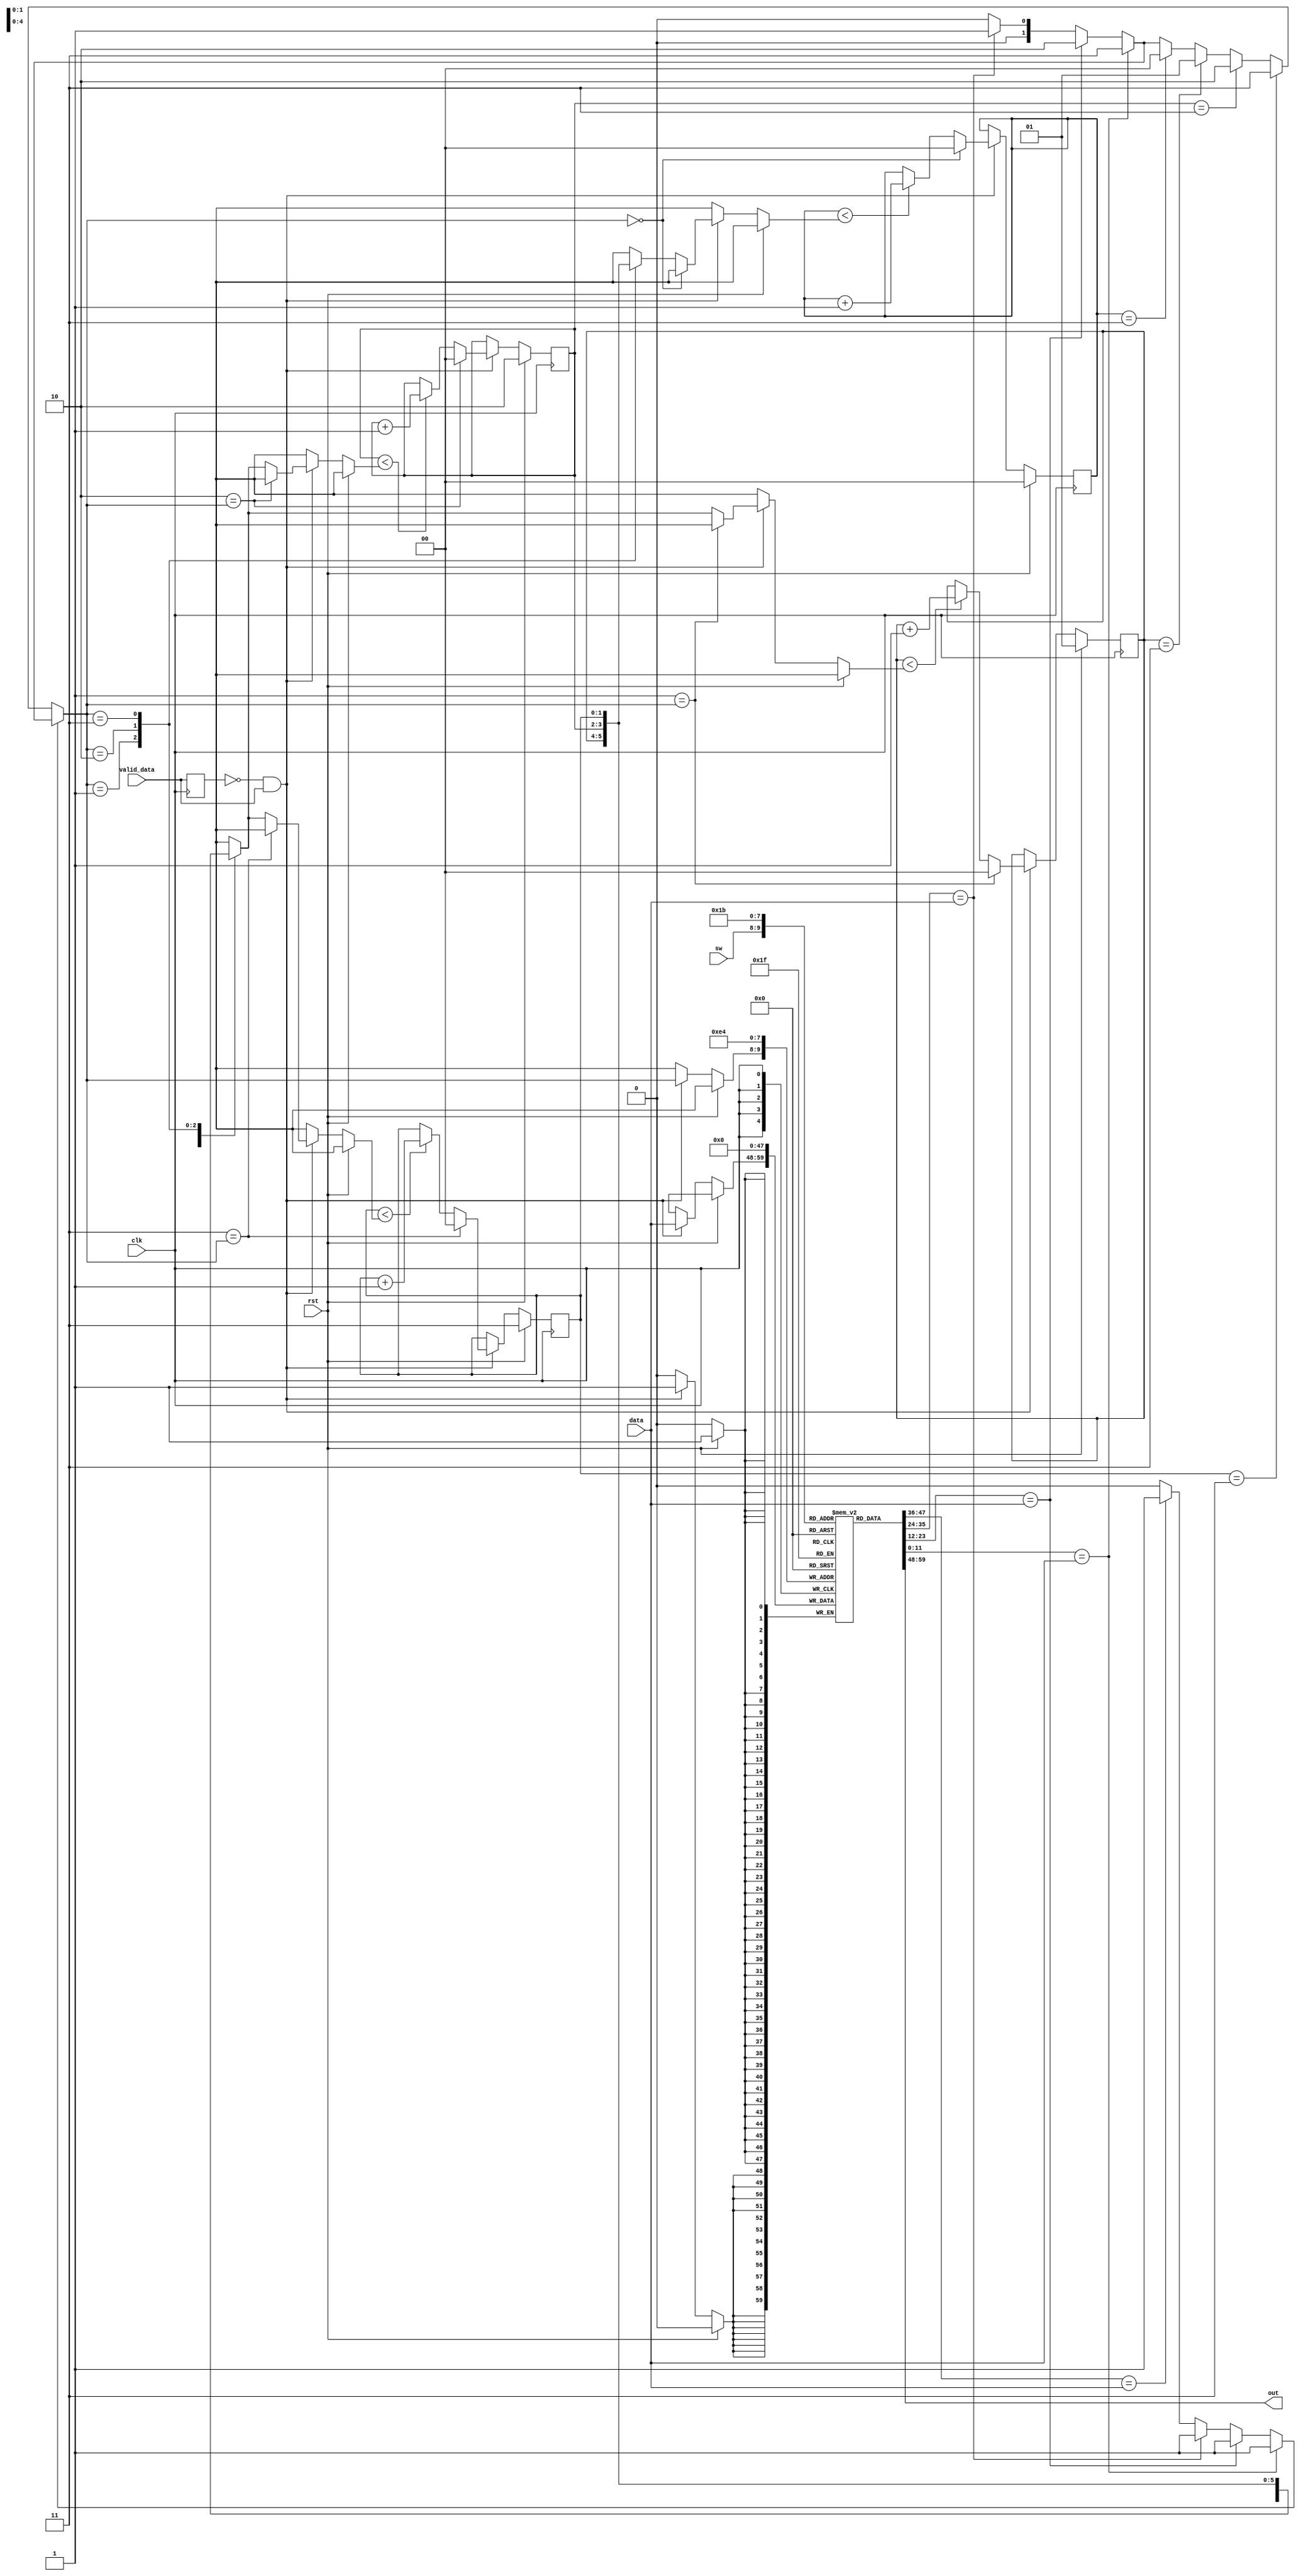
`timescale 1ns / 1ps
//////////////////////////////////////////////////////////////////////////////////
// Company: 
// Engineer: 
// 
// Design Name: 
// Module Name: lru_buffer_one_tact
// Project Name: 
// Target Devices: 
// Tool Versions: 
// Description: 
// 
// Dependencies: 
// 
// Revision:
// Revision 0.01 - File Created
// Additional Comments:
// 
//////////////////////////////////////////////////////////////////////////////////


module lru_buffer_one_tact(clk, rst, valid_data, data, sw, out);
    input clk, rst, valid_data;
    input [11:0] data;
    input [1:0] sw;
    output [11:0] out;
    
    reg [11:0] buff_mem [3:0];
    reg [1:0] ages [3:0];
    reg [1:0] hitIndex;
    reg [1:0] index;
    
    integer i;
    
    assign out = buff_mem[sw];
    
    reg valid_data_latched;
    always @(posedge clk) valid_data_latched <= valid_data;
    
    // ages update
    always @(posedge clk) begin
        if (rst) begin  
            for(i = 0; i < 4; i = i + 1) ages[i] <= i;
        end else if (!valid_data_latched && valid_data) begin
            for (i = 0; i < 4; i = i + 1) begin
                if (i == hitIndex) begin
                    ages[i] <= 0;
                end
                else if (ages[i] < ages[hitIndex]) begin
                    ages[i] <= ages[i] + 1;
                end
            end
        end
    end
    
    
    // buff mem update
    always @(posedge clk) begin
        if (rst) begin
            for(i = 0; i < 4; i = i + 1) begin
                buff_mem[i]  <= 12'd0;
            end
        end else if (!valid_data_latched && valid_data) begin
            buff_mem[hitIndex] <= data;
        end
    end
    
    // hitIndex update
    reg hit;
    always @(*) begin
        hit = 0;
        hitIndex = 0;
        for(i = 0; i < 4; i = i + 1) begin
            if(buff_mem[i] == data) begin
                hitIndex = i;
                hit = 1;
            end
        end
        if(!hit) begin
            for(i = 0; i < 4; i = i + 1) begin
                if(ages[i] == 3) hitIndex = i;
            end
        end 
    end

endmodule